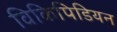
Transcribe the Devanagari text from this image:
विकिपिडियन